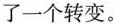
了一个转变。